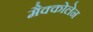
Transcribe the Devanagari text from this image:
मैक्कोलेन